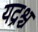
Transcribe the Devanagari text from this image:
यद्रश्च